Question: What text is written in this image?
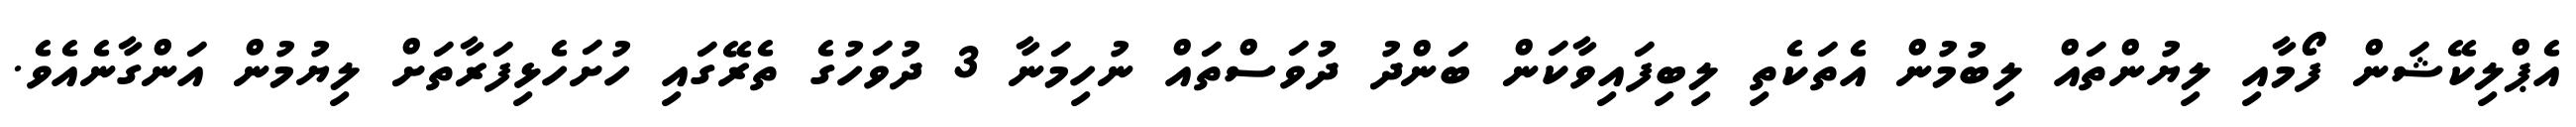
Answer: އެޕްލިކޭޝަން ފޯމާއި ލިޔުންތައް ލިބުމުން އެތަކެތި ލިބިފައިވާކަން ބަންދު ދުވަސްތައް ނުހިމަނާ 3 ދުވަހުގެ ތެރޭގައި ހުށަހެޅިފަރާތަށް ލިޔުމުން އަންގާނެއެވެ.